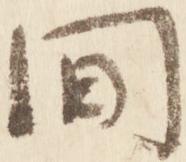
間